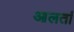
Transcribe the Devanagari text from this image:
आलतां